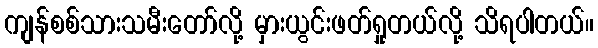
ကျန်စစ်သားသမီးတော်လို့ မှားယွင်းဖတ်ရှုတယ်လို့ သိရပါတယ်။